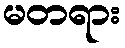
မတရား